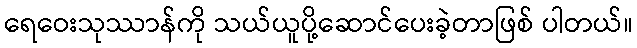
ရေဝေးသုဿာန်ကို သယ်ယူပို့ဆောင်ပေးခဲ့တာဖြစ် ပါတယ်။